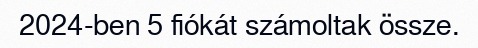
2024-ben 5 fiókát számoltak össze.